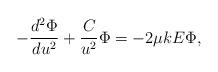
LaTeX: \begin{align*}-\frac{d^2\Phi}{du^2}+\frac{C}{u^2}\Phi=-2\mu k E \Phi,\end{align*}